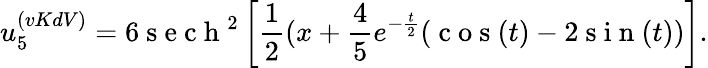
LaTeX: u_{5}^{(vKdV)}=6\mathrm{~s~e~c~h~}^{2}\left[\frac{1}{2}(x+\frac{4}{5}e^{-\frac{t}{2}}(\mathrm{~c~o~s~}(t)-2\mathrm{~s~i~n~}(t))\right].